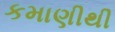
કમાણીથી